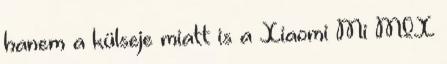
hanem a külseje miatt is a Xiaomi Mi MIX